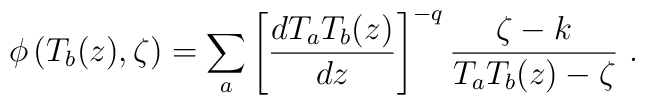
\phi \left( T_b(z),\zeta \right) =\sum_a\left[ \frac{dT_aT_b(z)}{dz}\right] ^{-q}\frac{\zeta -k}{T_aT_b(z)-\zeta }\ .